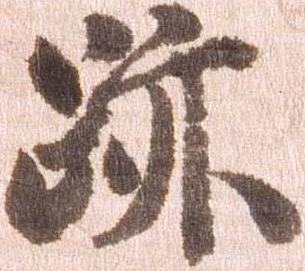
跡